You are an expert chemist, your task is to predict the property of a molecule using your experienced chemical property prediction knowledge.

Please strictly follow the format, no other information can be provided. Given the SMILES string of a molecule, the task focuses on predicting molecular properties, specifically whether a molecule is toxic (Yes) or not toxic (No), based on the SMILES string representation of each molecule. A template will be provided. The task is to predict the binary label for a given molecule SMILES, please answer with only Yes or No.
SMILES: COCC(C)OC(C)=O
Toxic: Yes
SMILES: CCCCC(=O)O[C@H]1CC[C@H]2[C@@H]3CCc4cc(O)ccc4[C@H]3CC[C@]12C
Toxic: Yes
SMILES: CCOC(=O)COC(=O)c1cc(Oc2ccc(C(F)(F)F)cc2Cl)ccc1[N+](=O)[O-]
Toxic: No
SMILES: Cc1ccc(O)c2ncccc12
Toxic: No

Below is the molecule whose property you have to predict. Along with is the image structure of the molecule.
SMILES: OC1CCCc2ccccc21
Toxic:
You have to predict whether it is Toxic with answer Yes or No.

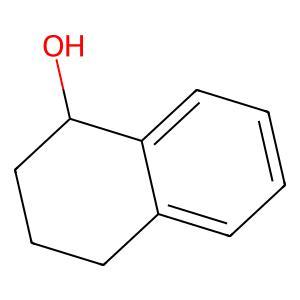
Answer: No